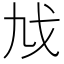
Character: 𢦎